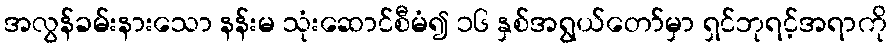
အလွန်ခမ်းနားသော နန်းမ သုံးဆောင်စီမံ၍ ၁၆ နှစ်အရွယ်တော်မှာ ရှင်ဘုရင့်အရာကို